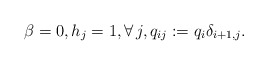
\begin{align*}\beta =0, h_j=1, \forall\, j, q_{ij}:= q_{i} \delta_{i+1,j}.\end{align*}